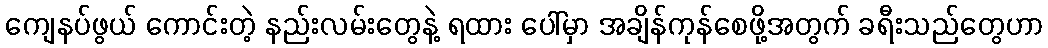
ကျေနပ်ဖွယ် ကောင်းတဲ့ နည်းလမ်းတွေနဲ့ ရထား ပေါ်မှာ အချိန်ကုန်စေဖို့အတွက် ခရီးသည်တွေဟာ